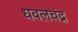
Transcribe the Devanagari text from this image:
धवलचंद्र